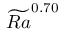
\widetilde { R a } ^ { 0 . 7 0 }